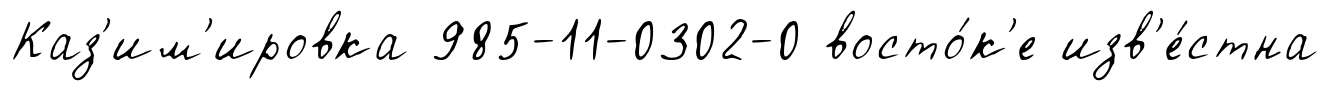
Каз'им'ировка 985-11-0302-0 восто́к'е изв'е́стна